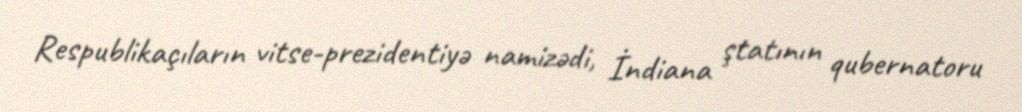
Respublikaçıların vitse-prezidentiyə namizədi, İndiana ştatının qubernatoru